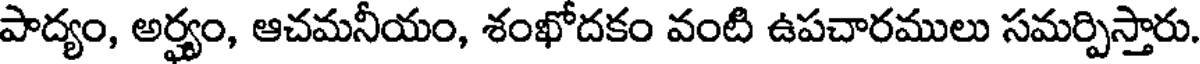
పాద్యం, అర్హ్యం, ఆచమనీయం, శంఖోదకం వంటి ఉపచారములు సమర్పిస్తారు.